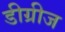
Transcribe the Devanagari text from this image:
डीग्रीज